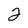
Character: 2